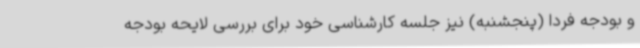
و بودجه فردا (پنجشنبه) نیز جلسه کارشناسی خود برای بررسی لایحه بودجه